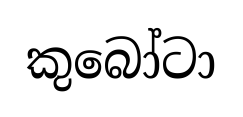
කුබෝටා